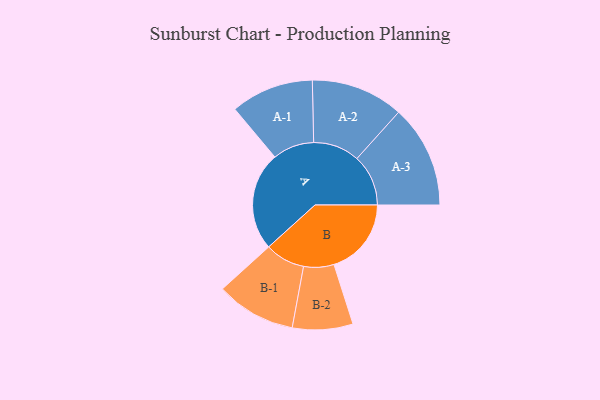
{"axis": {"x": "Segment", "y": "Value"}, "legend": ["", "A", "B"], "data": [{"x": "A", "y": 467, "type": ""}, {"x": "B", "y": 366, "type": ""}, {"x": "A-1", "y": 196, "type": "A"}, {"x": "A-2", "y": 219, "type": "A"}, {"x": "A-3", "y": 243, "type": "A"}, {"x": "B-1", "y": 189, "type": "B"}, {"x": "B-2", "y": 143, "type": "B"}]}